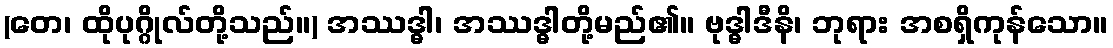
(တေ၊ ထိုပုဂ္ဂိုလ်တို့သည်။) အဿဒ္ဓါ၊ အဿဒ္ဓါတို့မည်၏။ ဗုဒ္ဓါဒီနိ၊ ဘုရား အစရှိကုန်သော။